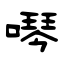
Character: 噖